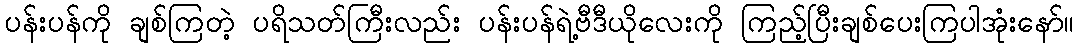
ပန်းပန်ကို ချစ်ကြတဲ့ ပရိသတ်ကြီးလည်း ပန်းပန်ရဲ့ဗီဒီယိုလေးကို ကြည့်ပြီးချစ်ပေးကြပါအုံးနော်။